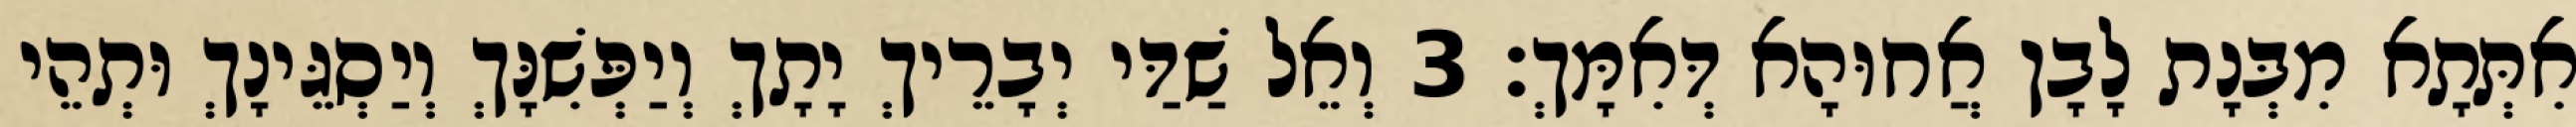
אִתְּתָא מִבְּנָת לָבָן אֲחוּהָא דְּאִמָּךְ׃ 3 וְאֵל שַׁדַּי יְבָרֵיךְ יָתָךְ וְיַפְּשִׁנָּךְ וְיַסְגֵּינָךְ וּתְהֵי